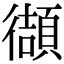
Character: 𫹧